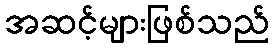
အဆင့်များဖြစ်သည်